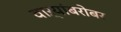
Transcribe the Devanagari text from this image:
वाऱ्यांबरोबर